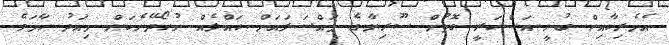
އެމެރިކާއިން ބުނީ އަސްކަރީ ގޮތުން ސޫރިޔާގެ މައްސަލައަށް ހައްލެއް ނުހޯދޭނެކަން މިއަދު ހާމަވެ